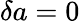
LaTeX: \delta a=0